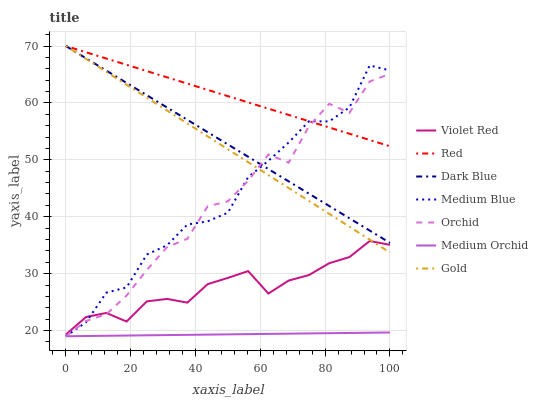
| xaxis_label | Violet Red | Red | Dark Blue | Medium Blue | Orchid | Medium Orchid | Gold |
 | --- | --- | --- | --- | --- | --- | --- | --- |
 | 0 | 19.3 | 70 | 70 | 19 | 19 | 19 | 70 |
 | 6.25 | 22.4 | 68.9 | 67.8 | 21.5 | 21.7 | 19 | 67.7 |
 | 12.5 | 23.1 | 67.8 | 65.7 | 26.7 | 22.9 | 19.1 | 65.5 |
 | 18.8 | 21.6 | 66.7 | 63.5 | 27.6 | 26.2 | 19.1 | 63.2 |
 | 25 | 25.1 | 65.6 | 61.4 | 33.4 | 30.7 | 19.2 | 60.9 |
 | 31.2 | 25.6 | 64.5 | 59.2 | 35 | 34.7 | 19.2 | 58.7 |
 | 37.5 | 24.9 | 63.4 | 57 | 38.6 | 36.1 | 19.2 | 56.4 |
 | 43.8 | 28.2 | 62.3 | 54.9 | 39.2 | 41.8 | 19.3 | 54.1 |
 | 50 | 29.3 | 61.2 | 52.7 | 40.7 | 42.7 | 19.3 | 51.9 |
 | 56.2 | 30.4 | 60.1 | 50.5 | 47 | 46.3 | 19.4 | 49.6 |
 | 62.5 | 26.5 | 59 | 48.4 | 49.8 | 50.9 | 19.4 | 47.3 |
 | 68.8 | 28.8 | 57.9 | 46.2 | 53 | 49.5 | 19.5 | 45.1 |
 | 75 | 29.8 | 56.8 | 44.1 | 56.8 | 55.9 | 19.5 | 42.8 |
 | 81.2 | 31.8 | 55.7 | 41.9 | 56.8 | 59.8 | 19.5 | 40.5 |
 | 87.5 | 32.9 | 54.6 | 39.7 | 59.2 | 58.3 | 19.6 | 38.2 |
 | 93.8 | 35.7 | 53.5 | 37.6 | 66.6 | 63.8 | 19.6 | 36 |
 | 100 | 35.1 | 52.4 | 35.4 | 65.7 | 65.1 | 19.7 | 33.7 |